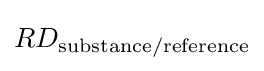
RD_{\mathrm {substance/reference} }